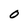
Character: 0